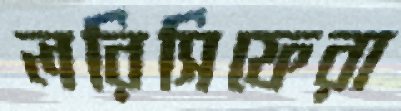
লরিসিফেরা